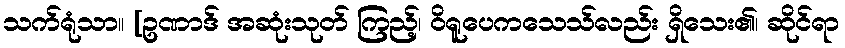
သက်ရုံသာ။ [ဥဏာဒ် အဆုံးသုတ် ကြည့်၊ ဝိရူပေကသေသ်လည်း ရှိသေး၏၊ ဆိုင်ရာ